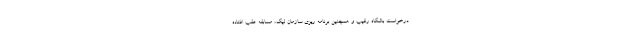
درخواست باشگاه رقیب و همچنین برنامه ریزی سازمان لیگ، مسابقه عقب افتاده